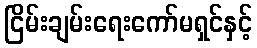
ငြိမ်းချမ်းရေးကော်မရှင်နှင့်